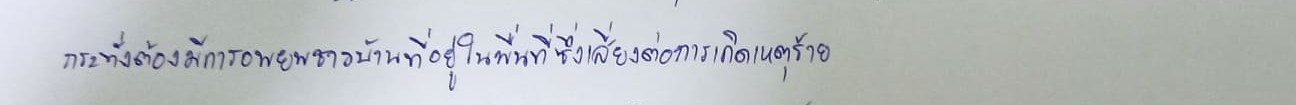
กระทั่งต้องมีการอพยพชาวบ้านที่อยู่ในพื่นที่ซึ่งเสี่ยงต่อการเกิดเหตุร้าย